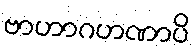
ဗာဟာဂဟဏာပိ